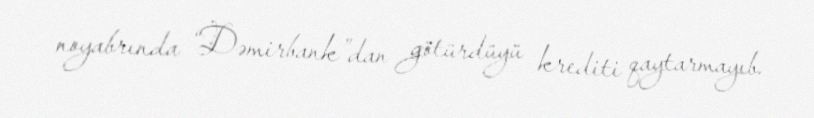
noyabrında “Dəmirbank”dan götürdüyü krediti qaytarmayıb.